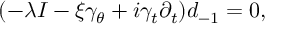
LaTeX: ( - \lambda I - \xi \gamma _ { \theta } + i \gamma _ { t } \partial _ { t } ) d _ { - 1 } = 0 ,